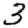
Digit: 3